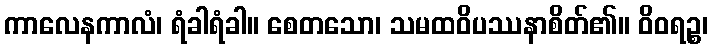
ကာလေနကာလံ၊ ရံခါရံခါ။ စေတသော၊ သမထဝိပဿနာစိတ်၏။ ဝိဝရဉ္စ၊